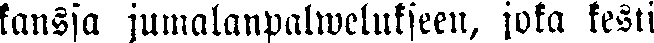
kanssa jumalanpalwelukseen, jota kesti